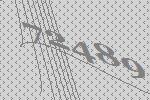
72489